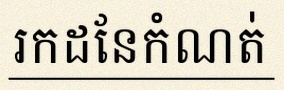
រកដែនកំណត់